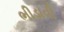
ભીડાવી